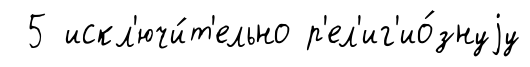
5 искл'ючи́т'ельно р'ел'иг'ио́знуjу